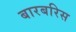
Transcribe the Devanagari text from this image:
बारबरिस